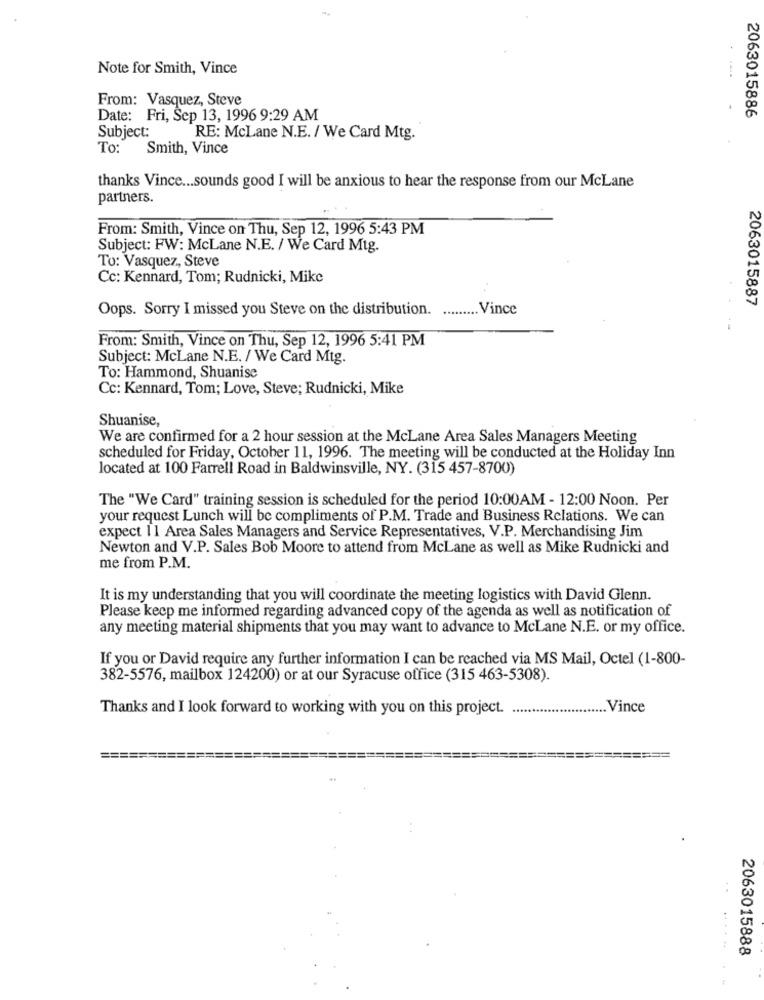
Note for Smith, Vince
From: Vasquez, Steve
2063015886
Date: Fri, Sep 13, 1996 9:29 AM
Subject:
RE: McLane N.E. / We Card Mtg.
To:
Smith, Vince
thanks Vince ... sounds good I will be anxious to hear the response from our McLane
partners.
From: Smith, Vince on Thu, Sep 12, 1996 5:43 PM
Subject: FW: McLane N.E. / We Card Mtg.
To: Vasquez, Steve
Cc: Kennard, Tom; Rudnicki, Mike
2063015887
Oops. Sorry I missed you Steve on the distribution.
Vince
From: Smith, Vince on Thu, Sep 12, 1996 5:41 PM
Subject: McLane N.E. / We Card Mtg.
To: Hammond, Shuanise
Cc: Kennard, Tom; Love, Steve; Rudnicki, Mike
Shuanise,
We are confirmed for a 2 hour session at the McLane Area Sales Managers Meeting
scheduled for Friday, October 11, 1996. The meeting will be conducted at the Holiday Inn
located at 100 Farrell Road in Baldwinsville, NY. (315 457-8700)
The "We Card" training session is scheduled for the period 10:00AM - 12:00 Noon. Per
your request Lunch will be compliments of P.M. Trade and Business Relations. We can
expect 11 Area Sales Managers and Service Representatives, V.P. Merchandising Jim
Newton and V.P. Sales Bob Moore to attend from McLane as well as Mike Rudnicki and
me from P.M.
It is my understanding that you will coordinate the meeting logistics with David Glenn.
Please keep me informed regarding advanced copy of the agenda as well as notification of
any meeting material shipments that you may want to advance to McLane N.E. or my office.
If you or David require any further information I can be reached via MS Mail, Octel (1-800-
382-5576, mailbox 124200) or at our Syracuse office (315 463-5308).
Thanks and I look forward to working with you on this project.
Vince
2063015888